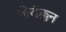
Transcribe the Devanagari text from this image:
मोरॉक्कन